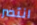
انتصر